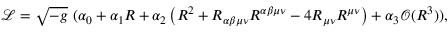
{ \mathcal { L } } = { \sqrt { - g } } \ ( \alpha _ { 0 } + \alpha _ { 1 } R + \alpha _ { 2 } \left( R ^ { 2 } + R _ { \alpha \beta \mu \nu } R ^ { \alpha \beta \mu \nu } - 4 R _ { \mu \nu } R ^ { \mu \nu } \right) + \alpha _ { 3 } { \mathcal { O } } ( R ^ { 3 } ) ) ,